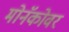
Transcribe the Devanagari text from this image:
मोनॅकोवर